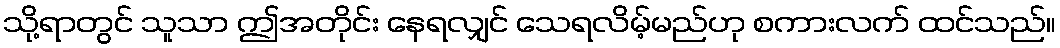
သို့ရာတွင် သူသာ ဤအတိုင်း နေရလျှင် သေရလိမ့်မည်ဟု စကားလက် ထင်သည်။